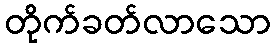
တိုက်ခတ်လာသော